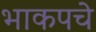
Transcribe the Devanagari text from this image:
भाकपचे